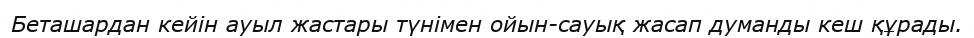
Беташардан кейін ауыл жастары түнімен ойын-сауық жасап думанды кеш құрады.